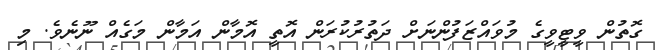
ގޮތުން ވީޓީވީގެ މުވައްޒަފުންނަށް ދަތުރުކުރަން އޮތީ އޮމާން އަމާން މަގެއް ނޫނެވެ. މި